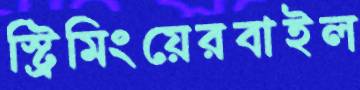
স্ট্রিমিংয়েরবাইল